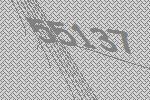
55137